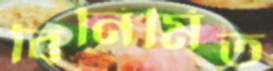
বিনির্মিত